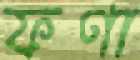
ফণা